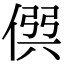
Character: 𠊨